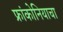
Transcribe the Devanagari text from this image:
फ्रांकोनियाचा